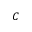
C